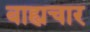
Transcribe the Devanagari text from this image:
बाह्यचार